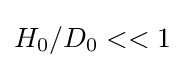
H_{0}/D_{0}<<1